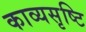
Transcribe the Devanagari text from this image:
काव्यसृष्टि